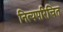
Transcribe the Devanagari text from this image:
नित्यपरिचित